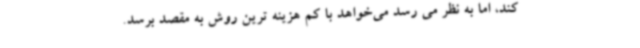
کند، اما به نظر می رسد می‌خواهد با کم هزینه ترین روش به مقصد برسد.